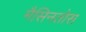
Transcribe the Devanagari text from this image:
मैसिनतोस